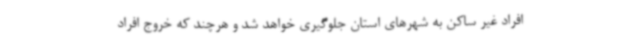
افراد غیر ساکن به شهرهای استان جلوگیری خواهد شد و هرچند که خروج افراد